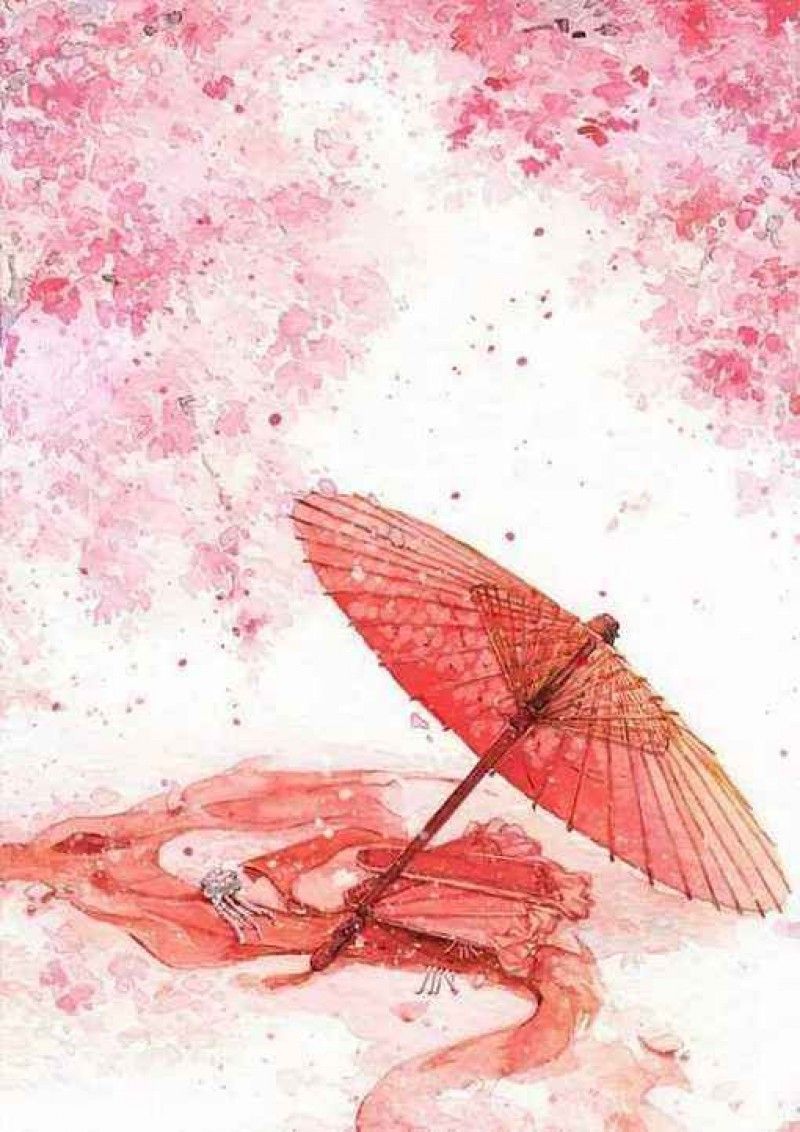
桃花嫣然出篱笑，似开未开最有情。